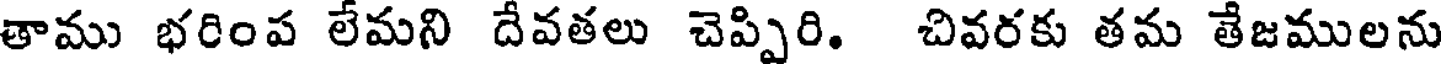
తాము భరింప లేమని దేవతలు చెప్పిరి. చివరకు తమ తేజములను